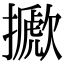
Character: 擨